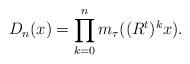
LaTeX: \begin{align*}D_n(x)=\prod_{k=0}^{n}m_\tau((R^{t})^{k}x).\end{align*}